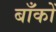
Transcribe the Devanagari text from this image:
बाँकों